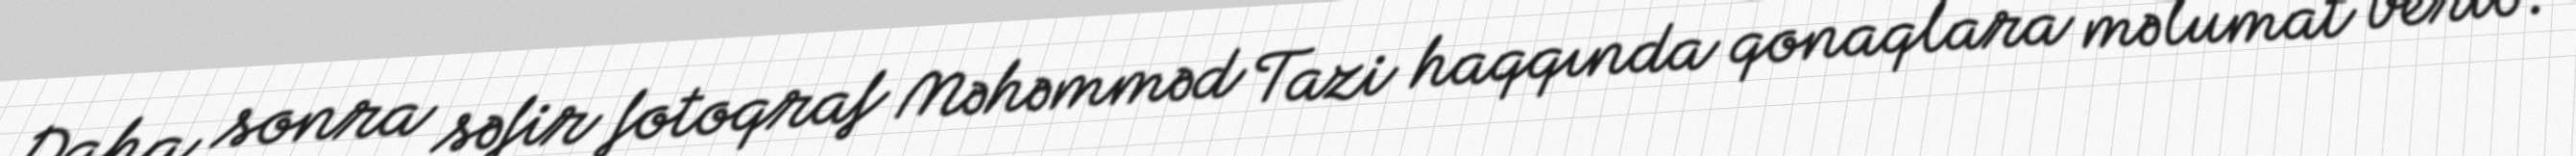
Daha sonra səfir fotoqraf Məhəmməd Tazi haqqında qonaqlara məlumat verib: